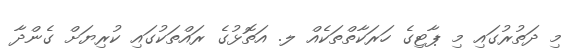
މި ދަތުރުގައި މި ޕާޓިގެ ހަރަކާތްތަކެއް ލ. އަތޮޅުގެ ރައްތަކުގައި ކުރިޔަށް ގެންދާ